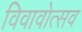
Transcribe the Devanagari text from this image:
विवावोत्सव